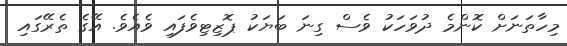
މިހާތަނަށް ކޮންމެ ދުވަހަކު ވެސް ގިނަ ބަޔަކު ޕޮޒިޓިވެފައި ވެއެވެ. އޭގެ ތެރޭގައި